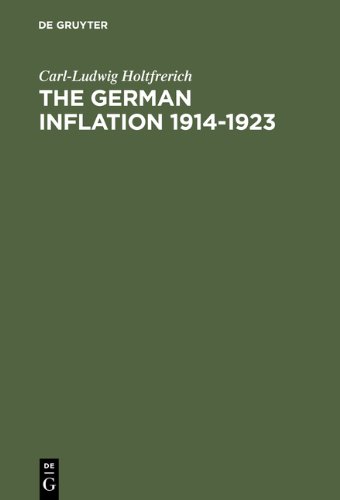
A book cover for The German Inflation 1914-1923; Carl-Ludwig Holtfrerich; Business & Money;